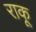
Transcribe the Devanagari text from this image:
राकू